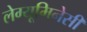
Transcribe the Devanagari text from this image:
लेग्यूमिनेसी